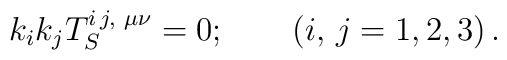
k_i k_j T_S^{i\, j,\,\,\mu\nu}=0;\qquad \left(i,\, j=1,2,3\right).